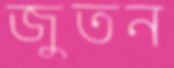
জুতন